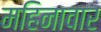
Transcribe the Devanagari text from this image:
महिनावार